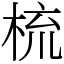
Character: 梳